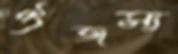
ঔজস্য